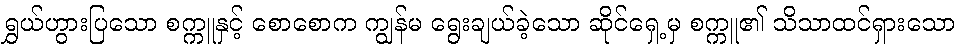
ရွှယ်ဟွားပြသော စက္ကူနှင့် စောစောက ကျွန်မ ရွေးချယ်ခဲ့သော ဆိုင်ရှေ့မှ စက္ကူ၏ သိသာထင်ရှားသော